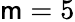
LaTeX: \mathsf{m}=5